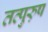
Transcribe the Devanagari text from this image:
तत्पुरु़ष